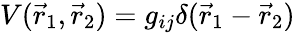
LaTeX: V(\vec{r}_{1},\vec{r}_{2})=g_{ij}\delta(\vec{r}_{1}-\vec{r}_{2})